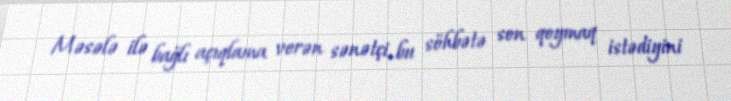
Məsələ ilə bağlı açıqlama verən sənətçi, bu söhbətə son qoymaq istədiyini